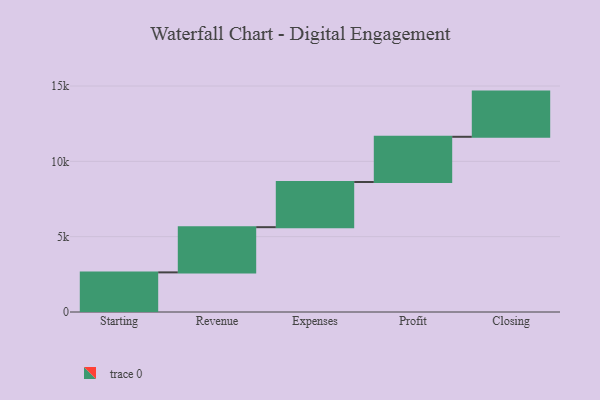
{"axis": {"x": "Step", "y": "Value"}, "legend": [""], "data": [{"x": "Starting", "y": 2630.0, "type": ""}, {"x": "Revenue", "y": 3000, "type": ""}, {"x": "Expenses", "y": 3000, "type": ""}, {"x": "Profit", "y": 3000, "type": ""}, {"x": "Closing", "y": 3000, "type": ""}]}